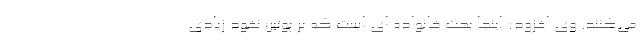
می‌کنند. وی افزود: اینجا بحث خانواده ای است که بر پوتین نفوذ زیادی